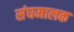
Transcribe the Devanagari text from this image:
संघमालक